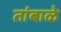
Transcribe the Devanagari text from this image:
तांबाळे